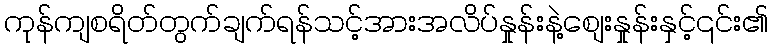
ကုန်ကျစရိတ်တွက်ချက်ရန်သင့်အားအလိပ်နှုန်းနဲ့စျေးနှုန်းနှင့်၎င်း၏